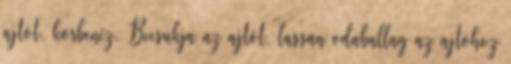
ajtót, körbenéz. Becsukja az ajtót, lassan odaballag az ajtóhoz